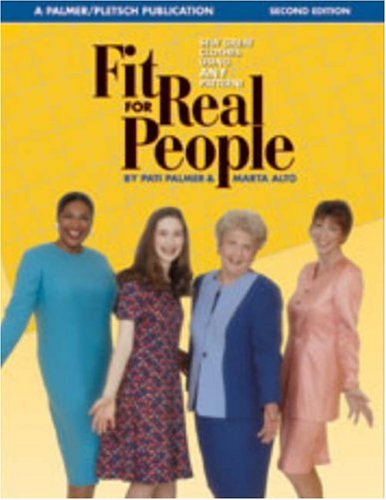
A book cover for Fit for Real People: Sew Great Clothes Using ANY Pattern (Sewing for Real People series); Pati Palmer; Crafts, Hobbies & Home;